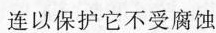
连以保护它不受腐蚀